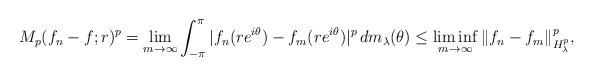
LaTeX: \begin{align*}M_p(f_n-f;r)^p=\lim_{m\rightarrow\infty}\int_{-\pi}^{\pi}|f_n(re^{i\theta})-f_m(re^{i\theta})|^p\,dm_{\lambda}(\theta)\le\liminf_{m\rightarrow\infty}\|f_n-f_m\|^p_{H_{\lambda}^{p}},\end{align*}